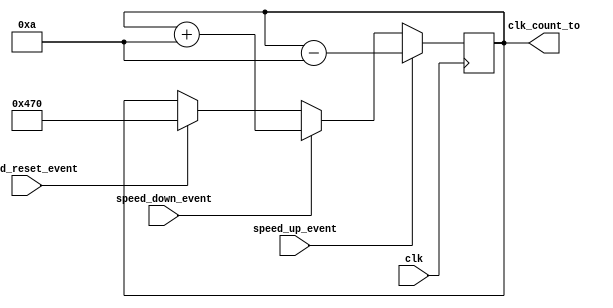
module speed(clk, speed_up_event, speed_down_event, speed_reset_event, clk_count_to);

input clk, speed_up_event, speed_down_event, speed_reset_event;
output reg[31:0] clk_count_to;

always @(posedge clk) begin

	if(speed_up_event)   //if speeding up, subtract 10 from count to
	clk_count_to <= (clk_count_to - 32'd10);
	else if(speed_down_event)
	clk_count_to <= (clk_count_to + 32'd10); //if slowing down, add 10
	else if(speed_reset_event)
	clk_count_to <= 32'd1136;    //if reset, go back to 22khz
	else clk_count_to <= clk_count_to; end  //else keep what it is

endmodule